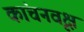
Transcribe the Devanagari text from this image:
कांचनवृक्ष